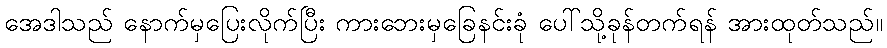
အေဒါသည် နောက်မှပြေးလိုက်ပြီး ကားဘေးမှခြေနင်းခုံ ပေါ်သို့ခုန်တက်ရန် အားထုတ်သည်။